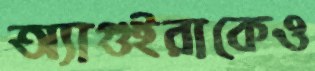
অ্যাগুইরাকেও